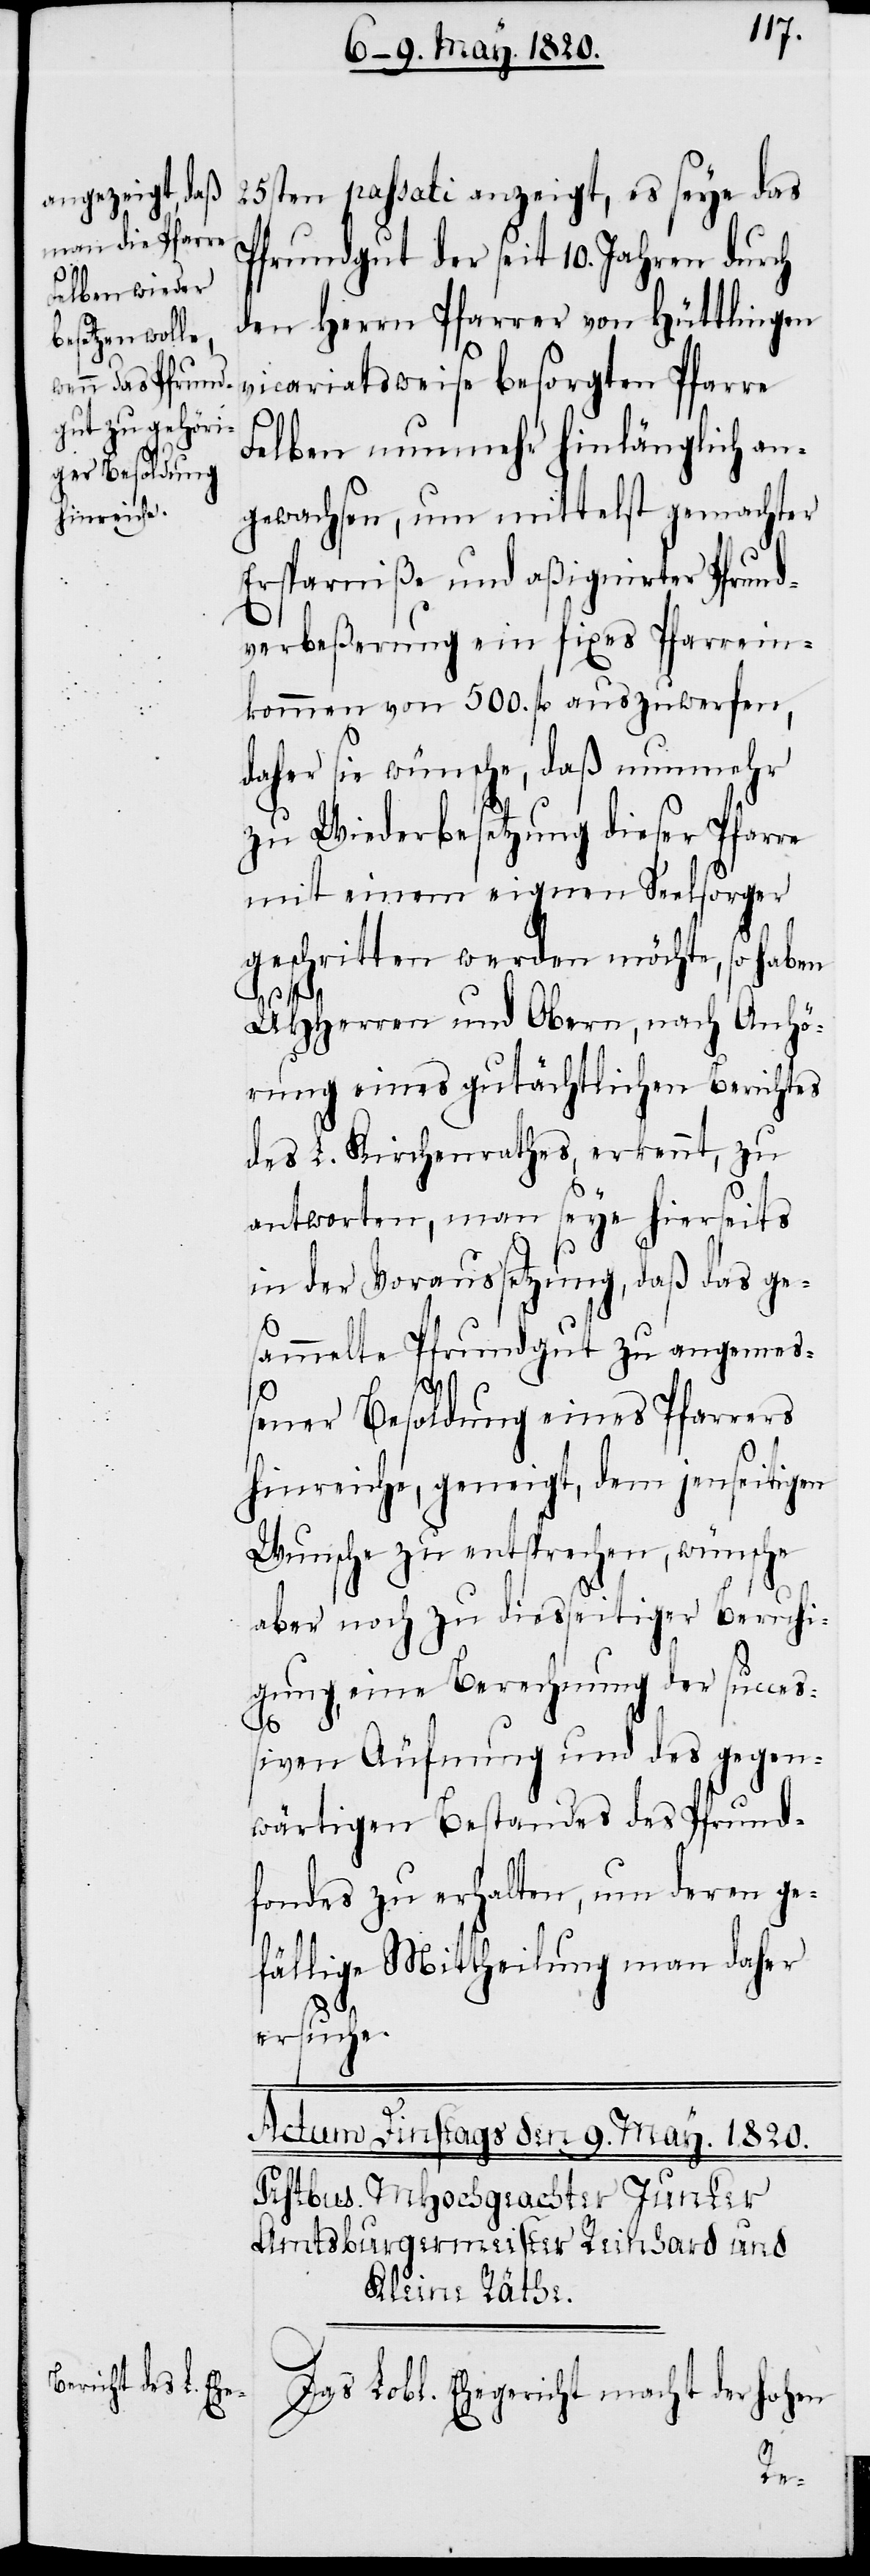
25sten passati anzeigt, es seye das
Pfrundgut der seit 10. Jahren durch
den Herrn Pfarrer von Hüttlingen
vicariatsweise besorgten Pfarre
Felben nunmehr hinlänglich an¬
gewachsen, um mittelst gemachter
Ersparniße und aßignirter Pfrund¬
verbeßerung ein fixes Pfarrein¬
kommen von 500. fl. auszuwerfen,
sie wünsche, daß nunmehr
zu Wiederbesetzung dieser Pfarre
mit einem eignen Seelsorger
geschritten werden möchte, so haben
UHHerren und Obern, nach Anhö¬
rung eines gutächtlichen Berichtes
des L. Kirchenrathes, erkennt, zu
antworten, man seye hierseits
in der Voraussetzung, daß das ge¬
sammelte Pfrundgut zu angemeß¬
ener Besoldung eines Pfarrers
hinreiche, geneigt, dem jenseitigen
Wunsche zu entsprechen, wünsche
aber noch zu diesseitiger Beruhi¬
gung, eine Berechnung der succes¬
siven Äufnung und des gegen¬
wärtigen Bestandes des Pfrund¬
fondes zu erhalten, um deren ge¬
fällige Mittheilung man daher
ersuche.
Das Lobl. Ehegericht macht der Hohen